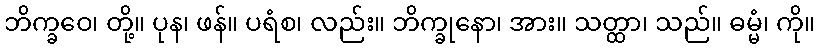
ဘိက္ခဝေ၊ တို့။ ပုန၊ ဖန်။ ပရံစ၊ လည်း။ ဘိက္ခုနော၊ အား။ သတ္ထာ၊ သည်။ ဓမ္မံ၊ ကို။